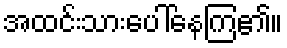
အထင်းသားပေါ်နေကြ၏။